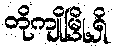
တိုကျိုမြို့ရှိ